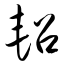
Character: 轺